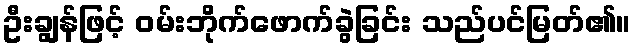
ဦးချွန်ဖြင့် ဝမ်းဘိုက်ဖောက်ခွဲခြင်း သည်ပင်မြတ်၏။